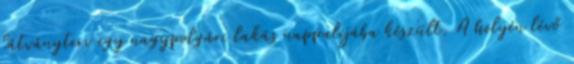
látványterv egy nagypolgári lakás nappalijába készült. A helyén lévő